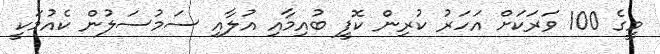
މީގެ 100 ވަރަކަށް އަހަރު ކުރިން ކޮފީ ބުއިމާއި އުލާއި ސަމުސަލުން ކެއުމަކީ